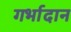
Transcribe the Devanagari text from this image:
गर्भादान